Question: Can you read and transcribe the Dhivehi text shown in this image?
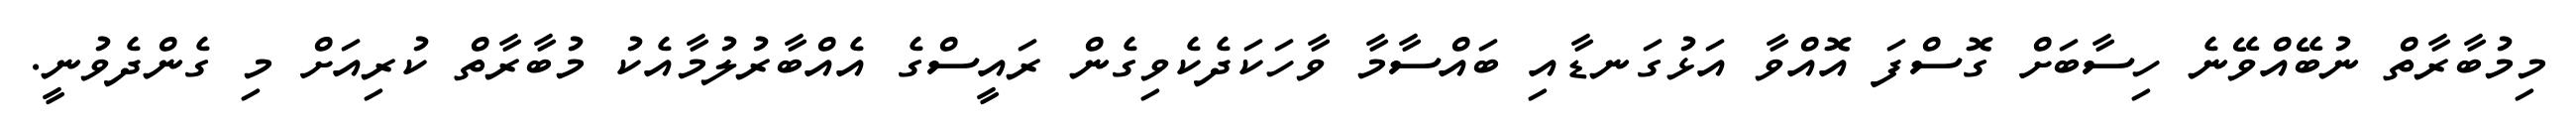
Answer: މިމުބާރާތް ނުބޭއްވޭނެ ހިސާބަށް ގޮސްފަ އޮއްވާ އަޅުގަނޑާއި ބައްސާމާ ވާހަކަދެކެވިގެން ރައީސްގެ އެއްބާރުލުމާއެކު މުބާރާތް ކުރިއަށް މި ގެންދެވުނީ.